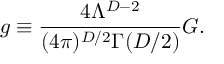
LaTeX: g \equiv \frac { 4 \Lambda ^ { D - 2 } } { ( 4 \pi ) ^ { D / 2 } \Gamma ( D / 2 ) } G .